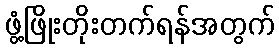
ဖွံ့ဖြိုးတိုးတက်ရန်အတွက်